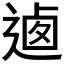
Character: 𨔁